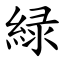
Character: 緑